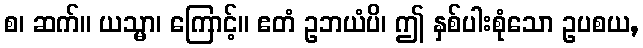
စ၊ ဆက်။ ယသ္မာ၊ ကြောင့်။ ဧတံ ဥဘယံပိ၊ ဤ နှစ်ပါးစုံသော ဥပစယ,